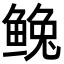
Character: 𩾅